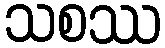
သစဿ